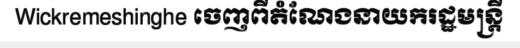
Wickremeshinghe ចេញពីតំណែងនាយករដ្ឋមន្ត្រី